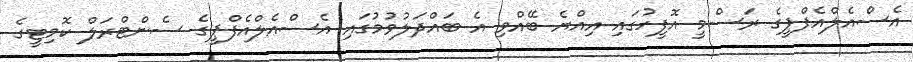
އެސްއެލްއެފްޕީގެ ރަސްމީ އޮފީހުގައި އިއްޔެ ބޭއްވި އެ ބައްދަލުވުމުގައި އެސްއެލްއެފްޕީގެ ސެންޓްރަލް ކޮމިޓީގެ